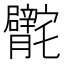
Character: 𰍣